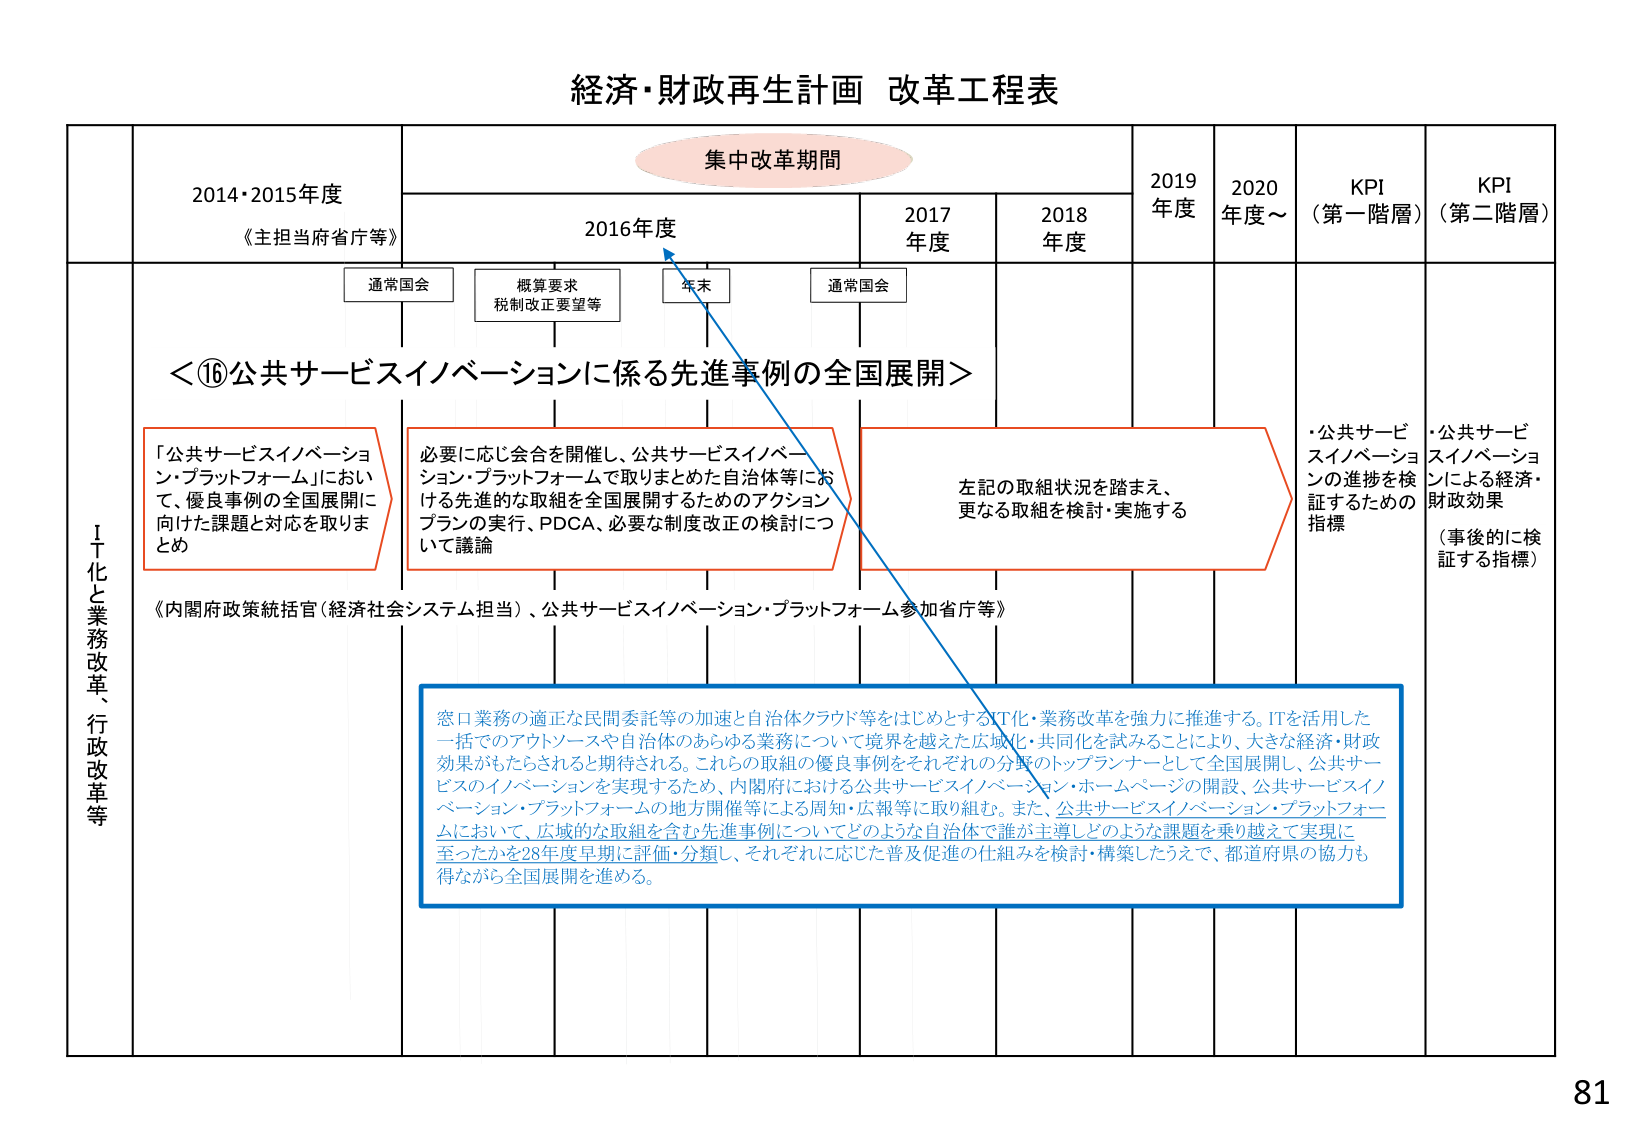
経済・財政再生計画 改革工程表

集中改革期間

2014・2015年度
《主担当府省庁等》

2016年度

2017年度

2018年度

2019年度

2020年度～

KPI（第一階層）

KPI（第二階層）

通常国会

概算要求
税制改正要望等

年末

通常国会

＜⑯公共サービスイノベーションに係る先進事例の全国展開＞

「公共サービスイノベーション・プラットフォーム」において、優良事例の全国展開に向けた課題と対応を取りまとめ

必要に応じ会合を開催し、公共サービスイノベーション・プラットフォームで取りまとめた自治体等における先進的な取組を全国展開するためのアクションプランの実行、PDCA、必要な制度改正の検討について議論

左記の取組状況を踏まえ、更なる取組を検討・実施する

・公共サービスイノベーションの進捗を検証するための指標

・公共サービスイノベーションによる経済・財政効果（事後的に検証する指標）

《内閣府政策統括官（経済社会システム担当）、公共サービスイノベーション・プラットフォーム参加省庁等》

窓口業務の適正な民間委託等の加速と自治体クラウド等をはじめとするIT化・業務改革を強力に推進する。ITを活用した一括でのアウトソースや自治体のあらゆる業務について境界を越えた広域化・共同化を試みることにより、大きな経済・財政効果がもたらされると期待される。これらの取組の優良事例をそれぞれの分野のトップランナーとして全国展開し、公共サービスのイノベーションを実現するため、内閣府における公共サービスイノベーション・ホームページの開設、公共サービスイノベーション・プラットフォームの地方開催等による周知・広報等に取り組む。また、公共サービスイノベーション・プラットフォームにおいて、広域的な取組を含む先進事例についてどのような自治体で誰が主導しどのような課題を乗り越えて実現に至ったかを28年度早期に評価・分類し、それぞれに応じた普及促進の仕組みを検討・構築したうえで、都道府県の協力も得ながら全国展開を進める。

IT化と業務改革、行政改革等

81